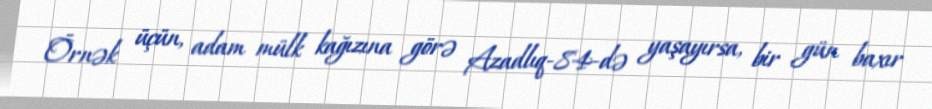
Örnək üçün, adam mülk kağızına görə Azadlıq-84-də yaşayırsa, bir gün baxır